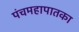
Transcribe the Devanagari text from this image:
पंचमहापातका